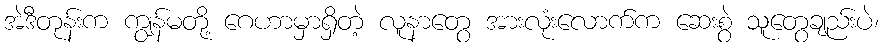
အဲဒီတုန်းက ကျွန်မတို့ ဂေဟာမှာရှိတဲ့ လူနာတွေ အားလုံးလောက်က ဆေးစွဲ သူတွေချည်းပဲ၊